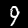
Label: 9